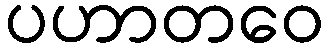
ပဟာတဝေ